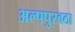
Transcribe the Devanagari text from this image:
अल्पपुरवठा